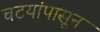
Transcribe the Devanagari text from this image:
चटयांपासून